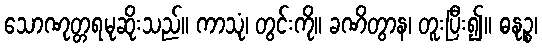
သောဏုတ္တရမုဆိုးသည်။ ကာသုံ၊ တွင်းကို။ ခဏိတွာန၊ တူးပြီး၍။ ဓနုဉ္စ၊